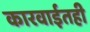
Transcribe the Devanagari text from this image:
कारवाईतही